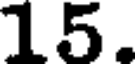
15.